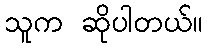
သူက ဆိုပါတယ်။